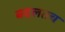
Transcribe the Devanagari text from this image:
बदलतच